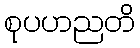
စုပဟညတိ